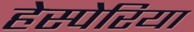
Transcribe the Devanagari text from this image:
हेस्पेरिया